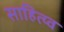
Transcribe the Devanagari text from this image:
साहित्य्व